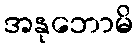
အနုဘောမိ